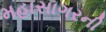
મહાસાગરની